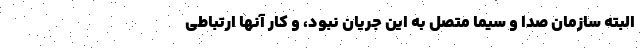
البته سازمان صدا و سیما متصل به این جریان نبود، و کار آنها ارتباطی